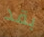
بقد